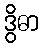
ဒွိဓာ